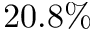
2 0 . 8 \%